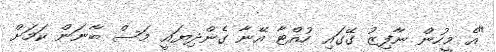
"އެ މީހުން ނާފިޒު ގޭގައި ހުއްޓާ އޭނާ ގެންދިޔައީ މަސް ބާނަން ކަމަށް